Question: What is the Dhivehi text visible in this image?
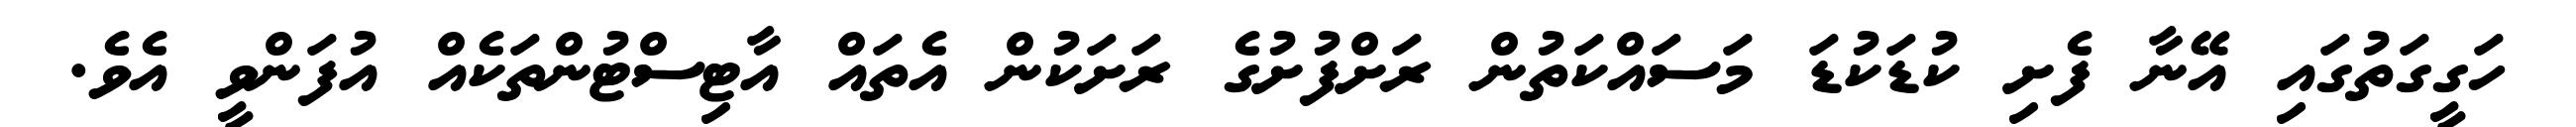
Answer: ހަގީގަތުގައި އޭނާ ފެށި ކުޑަކުޑަ މަސައްކަތުން ރަށްފުށުގެ ރަށަކުން އެތައް އާޓިސްޓުންތަކެއް އުފަންވީ އެވެ.